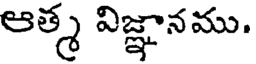
ఆత్మ విజ్ఞానము.